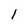
Character: 1